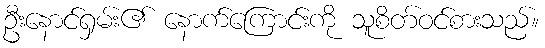
ဦးနောင်ရှမ်း၏ နောက်ကြောင်းကို သူစိတ်ဝင်စားသည်။